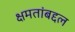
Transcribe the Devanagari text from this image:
क्षमतांबद्दल